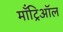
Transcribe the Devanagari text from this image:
माँट्रिऑल